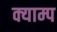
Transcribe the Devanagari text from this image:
क्याम्प